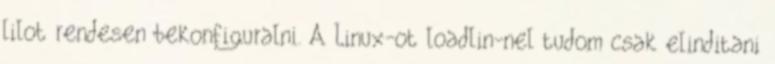
lilot rendesen bekonfiguralni. A Linux-ot loadlin-nel tudom csak elinditani